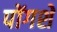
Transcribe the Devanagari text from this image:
पोंगशे